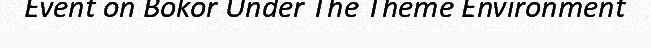
Event on Bokor Under The Theme Environment